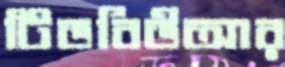
টিডবিউআর